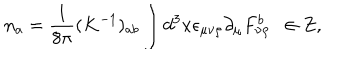
n _ { a } = \frac { 1 } { 8 \pi } ( K ^ { - 1 } ) _ { a b } \int d ^ { 3 } x \epsilon _ { \mu \nu \rho } \partial _ { \mu } F _ { \nu \rho } ^ { b } \ \ \in Z ,